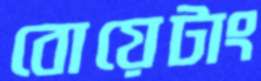
বোয়েটাং